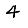
Digit: 4